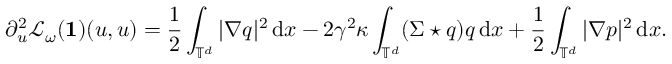
\partial _ { u } ^ { 2 } \mathscr L _ { \omega } ( \mathbf 1 ) ( u , u ) = \frac 1 2 \int _ { \mathbb { T } ^ { d } } | \nabla q | ^ { 2 } \, { \mathrm { d } } x - 2 \gamma ^ { 2 } \kappa \int _ { \mathbb { T } ^ { d } } ( \Sigma \star q ) q \, { \mathrm { d } } x + \frac 1 2 \int _ { \mathbb { T } ^ { d } } | \nabla p | ^ { 2 } \, { \mathrm { d } } x .